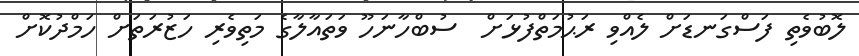
ލޮބުވެތި ފަސްގަނޑަށް ލެއްވި ރަޙުމަތްފުޅަށް  ސުބްހާނަހޫ ވަތައާލާގެ މަތިވެރި ހަޒުރަތަށް ހަމްދުކޮށް